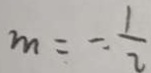
m = - \frac { 1 } { 2 }